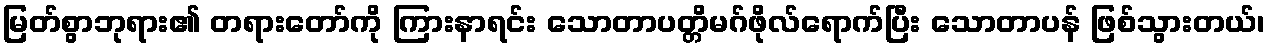
မြတ်စွာဘုရား၏ တရားတော်ကို ကြားနာရင်း သောတာပတ္တိမဂ်ဖိုလ်ရောက်ပြီး သောတာပန် ဖြစ်သွားတယ်၊